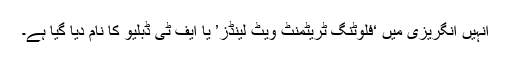
انہیں انگریزی میں ‘فلوٹنگ ٹریٹمنٹ ویٹ لینڈز’ یا ایف ٹی ڈبلیو کا نام دیا گیا ہے۔